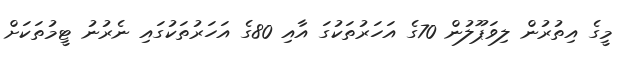
މީގެ އިތުރުން ލިވަޕޫލުން 70ގެ އަހަރުތަކުގަ އާއި 80ގެ އަހަރުތަކުގައި ނެރުނު ޓީމުތަކަށް